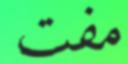
مفت